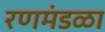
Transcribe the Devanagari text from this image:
रणमंडळा